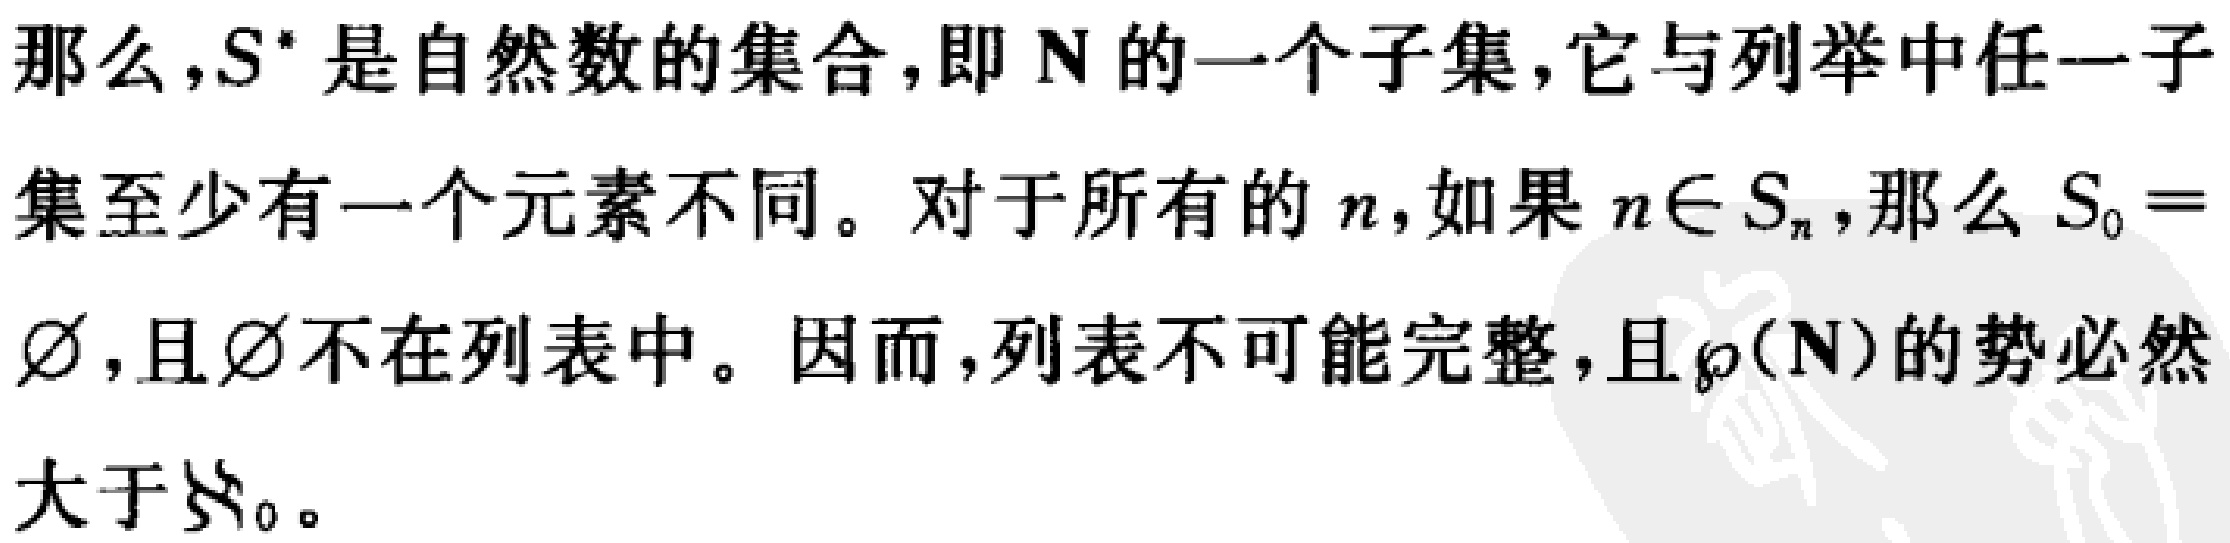
那么，$S^{*}$ 是自然数的集合，即 $\mathbb{N}$ 的一个子集，它与列举中任一子集至少有一个元素不同。对于所有的 $n$，如果 $n\in S_{n}$，那么 $S_{0}=\varnothing$，且 $\varnothing$ 不在列表中。因而，列表不可能完整，且 $\wp(\mathbb{N})$ 的势必然大于 $\aleph_{0}$。